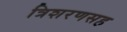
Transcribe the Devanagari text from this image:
त्रिशरणसह